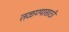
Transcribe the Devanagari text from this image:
तळण्यासाठी